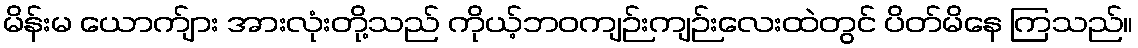
မိန်းမ ယောက်ျား အားလုံးတို့သည် ကိုယ့်ဘဝကျဉ်းကျဉ်းလေးထဲတွင် ပိတ်မိနေ ကြသည်။